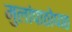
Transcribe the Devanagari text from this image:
मुलांपाठोपाठ